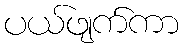
ပယ်ဖျက်ကာ